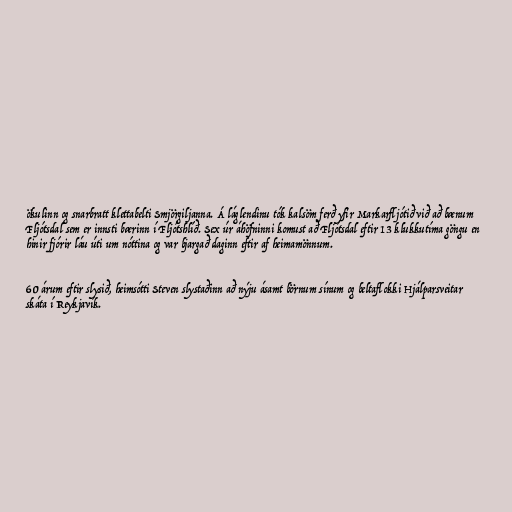
ökulinn og snarbratt klettabelti Smjörgiljanna. Á láglendinu tók kalsöm ferð yfir Markarfljótið við að bænum
Fljótsdal sem er innsti bærinn í Fljótshlíð. Sex úr áhöfninni komust að Fljótsdal eftir 13 klukkutíma göngu en
hinir fjórir láu úti um nóttina og var bjargað daginn eftir af heimamönnum.

60 árum eftir slysið, heimsótti Steven slystaðinn að nýju ásamt börnum sínum og beltaflokki Hjálparsveitar
skáta í Reykjavík.